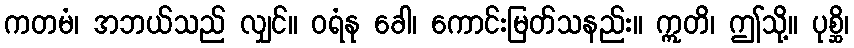
ကတမံ၊ အဘယ်သည် လျှင်။ ဝရံနု ခေါ၊ ကောင်းမြတ်သနည်း။ ဣတိ၊ ဤသို့။ ပုစ္ဆိ၊